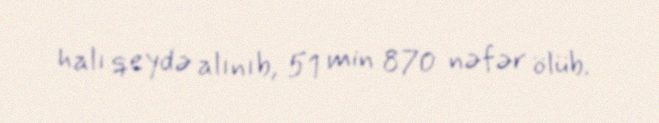
halı qeydə alınıb, 51 min 870 nəfər ölüb.